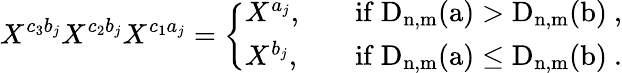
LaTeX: X^{c_{3}b_{j}}X^{c_{2}b_{j}}X^{c_{1}a_{j}}=\left\{ \begin{array}{ll}{X^{a_{j}},}&{\quad\mathrm{if~\mathrm{D}_{n,m}(a)>\mathrm{D}_{n,m}(b)~},}\\ {X^{b_{j}},}&{\quad\mathrm{if~\mathrm{D}_{n,m}(a)\leq\mathrm{D}_{n,m}(b)~}.}\end{array}\right.